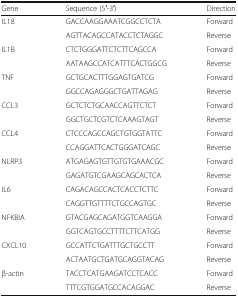
| Gene | Sequence (5′-3′) | Direction |
 | --- | --- | --- |
 | <ROWSPAN=2> IL18 | GACCAAGGAAATCGGCCTCTA | Forward |
 | AGTTACAGCCATACCTCTAGGC | Reverse |
 | <ROWSPAN=2> IL1B | CTCTGGGATTCTCTTCAGCCA | Forward |
 | AATAAGCCATCATTTCACTGGCG | Reverse |
 | <ROWSPAN=2> TNF | GCTGCACTTTGGAGTGATCG | Forward |
 | GGCCAGAGGGCTGATTAGAG | Reverse |
 | <ROWSPAN=2> CCL3 | GCTCTCTGCAACCAGTTCTCT | Forward |
 | GGCTGCTCGTCTCAAAGTAGT | Reverse |
 | <ROWSPAN=2> CCL4 | CTCCCAGCCAGCTGTGGTATTC | Forward |
 | CCAGGATTCACTGGGATCAGC | Reverse |
 | <ROWSPAN=2> NLRP3 | ATGAGAGTGTTGTGTGAAACGC | Forward |
 | GAGATGTCGAAGCAGCACTCA | Reverse |
 | <ROWSPAN=2> IL6 | CAGACAGCCACTCACCTCTTC | Forward |
 | CAGGTTGTTTTCTGCCAGTGC | Reverse |
 | <ROWSPAN=2> NFKBIA | GTACGAGCAGATGGTCAAGGA | Forward |
 | GGTCAGTGCCTTTTCTTCATGG | Reverse |
 | <ROWSPAN=2> CXCL10 | GCCATTCTGATTTGCTGCCTT | Forward |
 | ACTAATGCTGATGCAGGTACAG | Reverse |
 | <ROWSPAN=2> β-actin | TACCTCATGAAGATCCTCACC | Forward |
 | TTTCGTGGATGCCACAGGAC | Reverse |